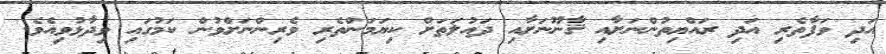
އަދި ވަފާތެރި އަދި ރައްޔިތުންނަށާއި ޤާނޫނަށާއި ދައުލަތަށް ކިޔަމަންތެރި ވެރިންނަށްވުން ކަމުގައި ވިދާޅުވިއެވެ.